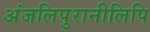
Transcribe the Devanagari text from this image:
अंजलिपुरानीलिपि